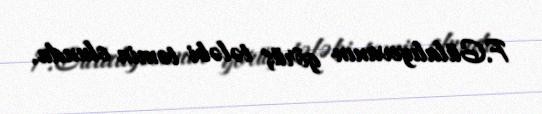
F.Gülalıyevanın görüş tələbi təmin olundu.